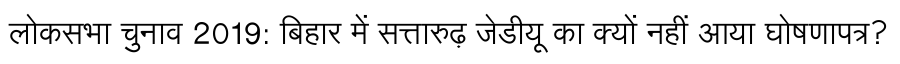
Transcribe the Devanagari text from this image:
लोकसभा चुनाव 2019: बिहार में सत्तारुढ़ जेडीयू का क्यों नहीं आया घोषणापत्र?